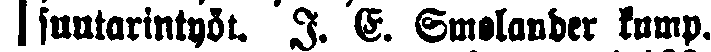
# suutarintyöt. J. E. Smolander kump.